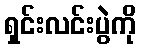
ရှင်းလင်းပွဲကို